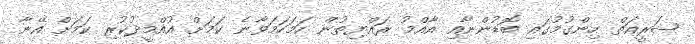
ޝަރީއަތް ހިންގުމުގައި ބޮޑުންނާއި އާއްމު ރައްޔިތުން ހަމަހަމަވާނެ ކަމަށް އުއްމީދުކުރި ކަމަށް އޭނާ